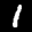
Label: 1